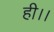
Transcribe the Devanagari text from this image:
ही।।